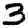
Digit: 3